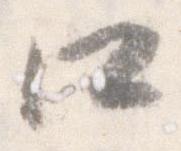
口